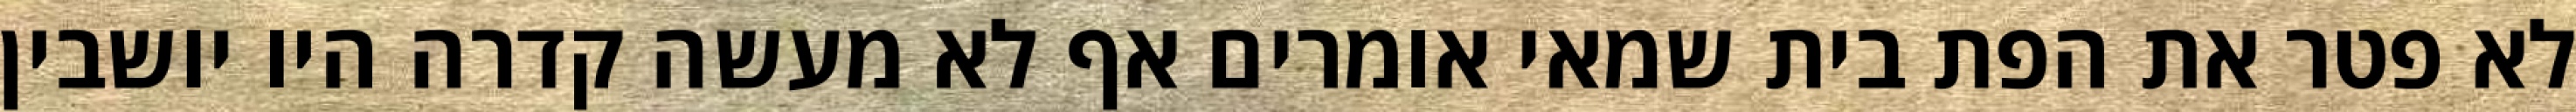
לא פטר את הפת בית שמאי אומרים אף לא מעשה קדרה היו יושבין